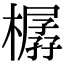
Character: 樼